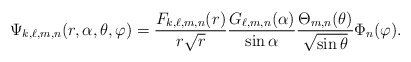
\begin{align*}\Psi_{k,\ell,m,n} (r,\alpha,\theta ,\varphi )=\frac{F_{k,\ell,m,n}(r)}{r \sqrt{r}} \frac{G_{\ell,m,n}(\alpha)}{\sin \alpha} \frac{\Theta_{m,n} (\theta )}{\sqrt{\sin\theta }}\Phi_n (\varphi ). \end{align*}